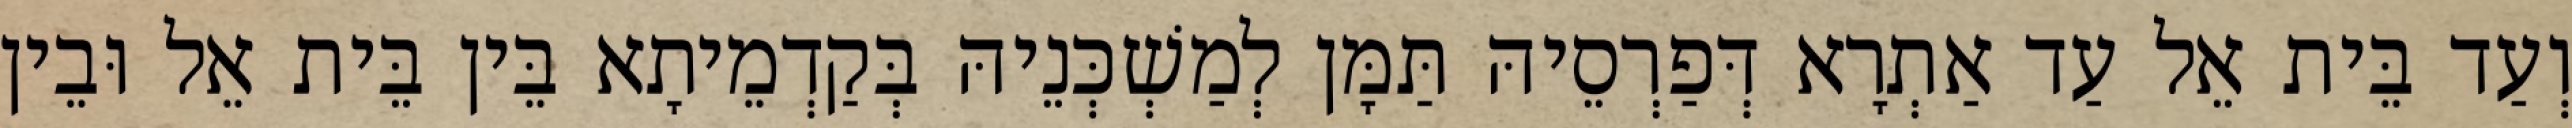
וְעַד בֵּית אֵל עַד אַתְרָא דְּפַרְסֵיהּ תַּמָּן לְמַשְׁכְּנֵיהּ בְּקַדְמֵיתָא בֵּין בֵּית אֵל וּבֵין